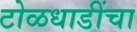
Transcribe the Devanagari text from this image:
टोळधाडींचा